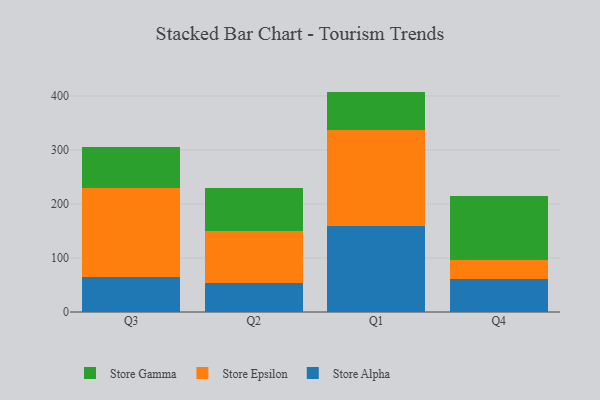
{"axis": {"x": "Quarter", "y": "Headcount"}, "legend": ["Store Alpha", "Store Epsilon", "Store Gamma"], "data": [{"x": "Q3", "y": 65.6, "type": "Store Alpha"}, {"x": "Q3", "y": 164.8, "type": "Store Epsilon"}, {"x": "Q3", "y": 74.6, "type": "Store Gamma"}, {"x": "Q2", "y": 54.5, "type": "Store Alpha"}, {"x": "Q2", "y": 94.9, "type": "Store Epsilon"}, {"x": "Q2", "y": 81.1, "type": "Store Gamma"}, {"x": "Q1", "y": 160.0, "type": "Store Alpha"}, {"x": "Q1", "y": 176.3, "type": "Store Epsilon"}, {"x": "Q1", "y": 71.9, "type": "Store Gamma"}, {"x": "Q4", "y": 60.3, "type": "Store Alpha"}, {"x": "Q4", "y": 36.4, "type": "Store Epsilon"}, {"x": "Q4", "y": 118.1, "type": "Store Gamma"}]}